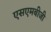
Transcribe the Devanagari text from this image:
एसएमबीजी